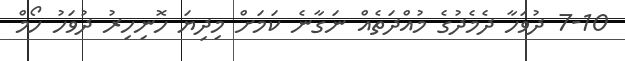
7-10 ދުވަހާ ދެމެދުގެ މުއްދަތެއް ނަގާނެ ކަމަށް މިދިޔަ ހޮނިހިރު ދުވަހު ހޯމް